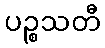
ပဉ္စသတီ